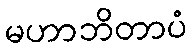
မဟာဘိတာပံ